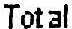
TOTAL